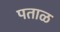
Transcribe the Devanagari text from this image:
पताळ